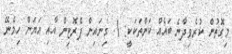
މިގޮތުން ކުރެވިދާނެ ބައެއް ކަންތަކަކީ: 1. ގިނައިން ޕްރޮޓިން އާއި އަޔަން ހިމެނޭ